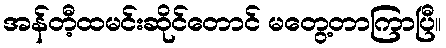
အန်တီ့ထမင်းဆိုင်တောင် မတွေ့တာကြာပြီ။